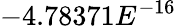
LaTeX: -4.78371E^{-16}